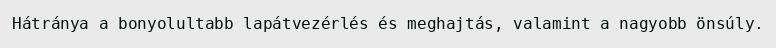
Hátránya a bonyolultabb lapátvezérlés és meghajtás, valamint a nagyobb önsúly.